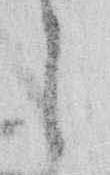
に